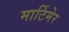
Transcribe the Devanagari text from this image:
मार्टिमेर